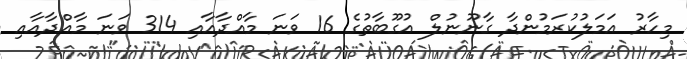
މިހާރު އަމަލުކުރަމުންދާ ގާނޫނުލް އުގޫބާތުގެ 16 ވަނަ މާއްދާއާއި 314 ވަނަ މާއްދާއާއި